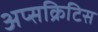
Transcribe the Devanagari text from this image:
अप्सक्रिटिस